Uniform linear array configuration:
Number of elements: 12
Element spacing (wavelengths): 0.25
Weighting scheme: exponential
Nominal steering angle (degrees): -45
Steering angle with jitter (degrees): -45.755
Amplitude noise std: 0.05
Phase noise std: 0.05

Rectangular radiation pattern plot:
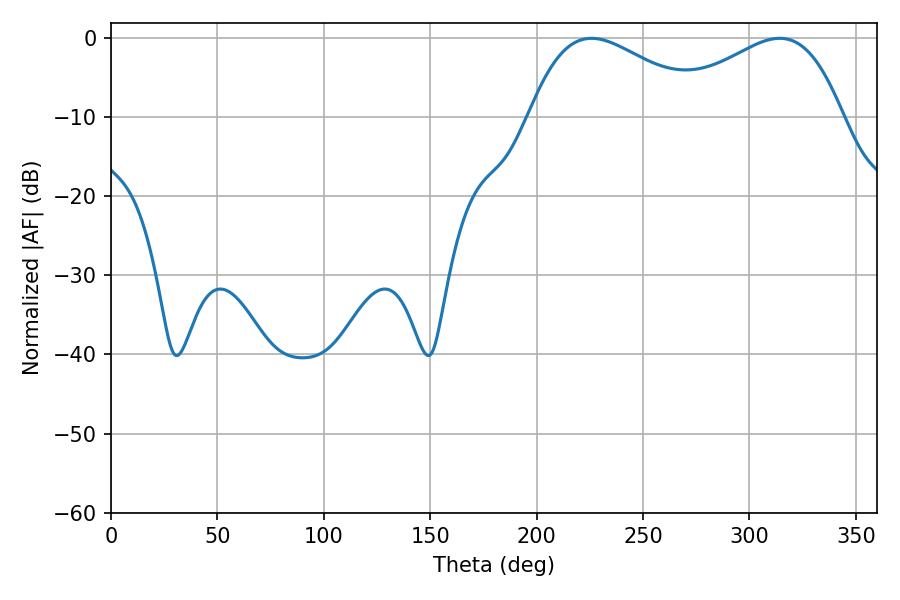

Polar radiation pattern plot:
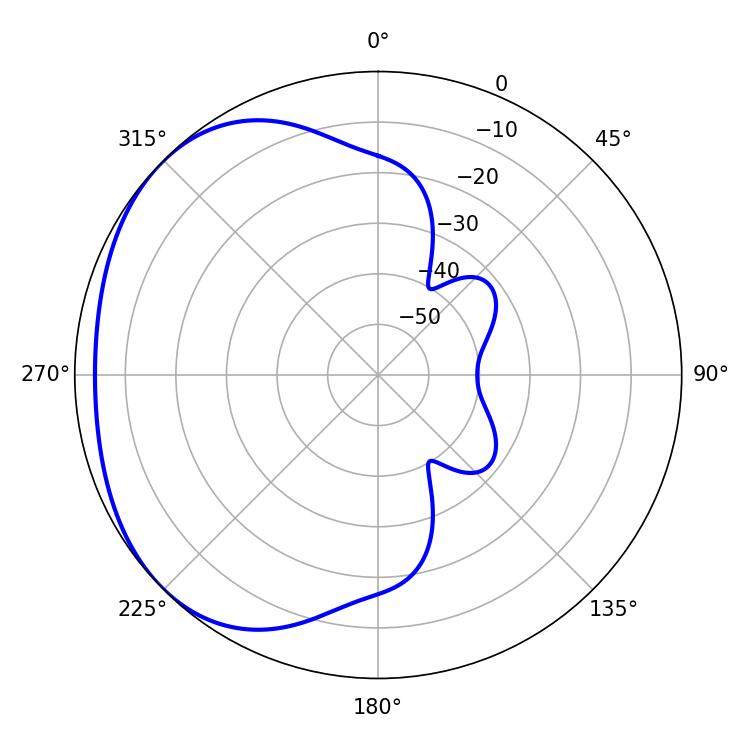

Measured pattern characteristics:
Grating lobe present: FALSE
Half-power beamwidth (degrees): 45.54
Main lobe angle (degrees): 225.72